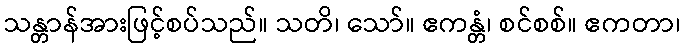
သန္တာန်အားဖြင့်စပ်သည်။ သတိ၊ သော်။ ဧကန္တံ၊ စင်စစ်။ ဧကတာ၊